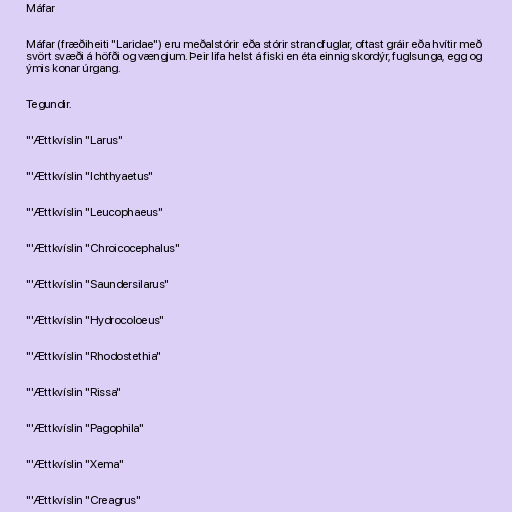
Máfar

Máfar (fræðiheiti "Laridae") eru meðalstórir eða stórir strandfuglar, oftast gráir eða hvítir með
svört svæði á höfði og vængjum. Þeir lifa helst á fiski en éta einnig skordýr, fuglsunga, egg og
ýmis konar úrgang.

Tegundir.

"'Ættkvíslin "Larus"

"'Ættkvíslin "Ichthyaetus"

"'Ættkvíslin "Leucophaeus"

"'Ættkvíslin "Chroicocephalus"

"'Ættkvíslin "Saundersilarus"

"'Ættkvíslin "Hydrocoloeus"

"'Ættkvíslin "Rhodostethia"

"'Ættkvíslin "Rissa"

"'Ættkvíslin "Pagophila"

"'Ættkvíslin "Xema"

"'Ættkvíslin "Creagrus"